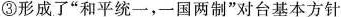
③形成了“和平统一，-国两制”对台基本方针